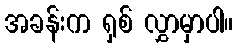
အခန်းက ရှစ် လွှာမှာပါ။